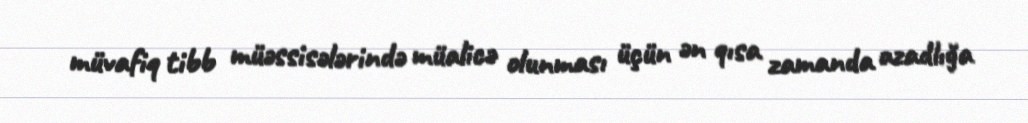
müvafiq tibb müəssisələrində müalicə olunması üçün ən qısa zamanda azadlığa